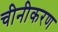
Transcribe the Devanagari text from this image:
चीनीकरण